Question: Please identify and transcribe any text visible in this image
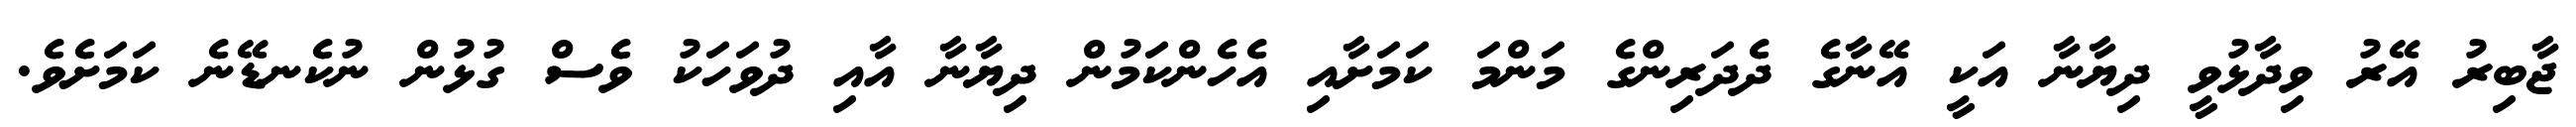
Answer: ޖާބިރު އޭރު ވިދާޅުވީ ދިޔާނާ އަކީ އޭނާގެ ދެދަރިންގެ މަންމަ ކަމަށާއި އެހެންކަމުން ދިޔާނާ އާއި ދުވަހަކު ވެސް ގުޅުން ނުކެނޑޭނެ ކަމަށެވެ.